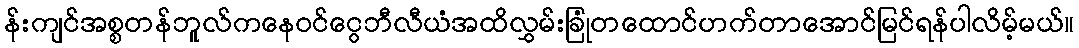
န်းကျင်အစ္စတန်ဘူလ်ကနေဝင်ငွေဘီလီယံအထိလွှမ်းခြုံတထောင်ဟက်တာအောင်မြင်ရန်ပါလိမ့်မယ်။